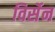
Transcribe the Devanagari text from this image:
विर्सेन